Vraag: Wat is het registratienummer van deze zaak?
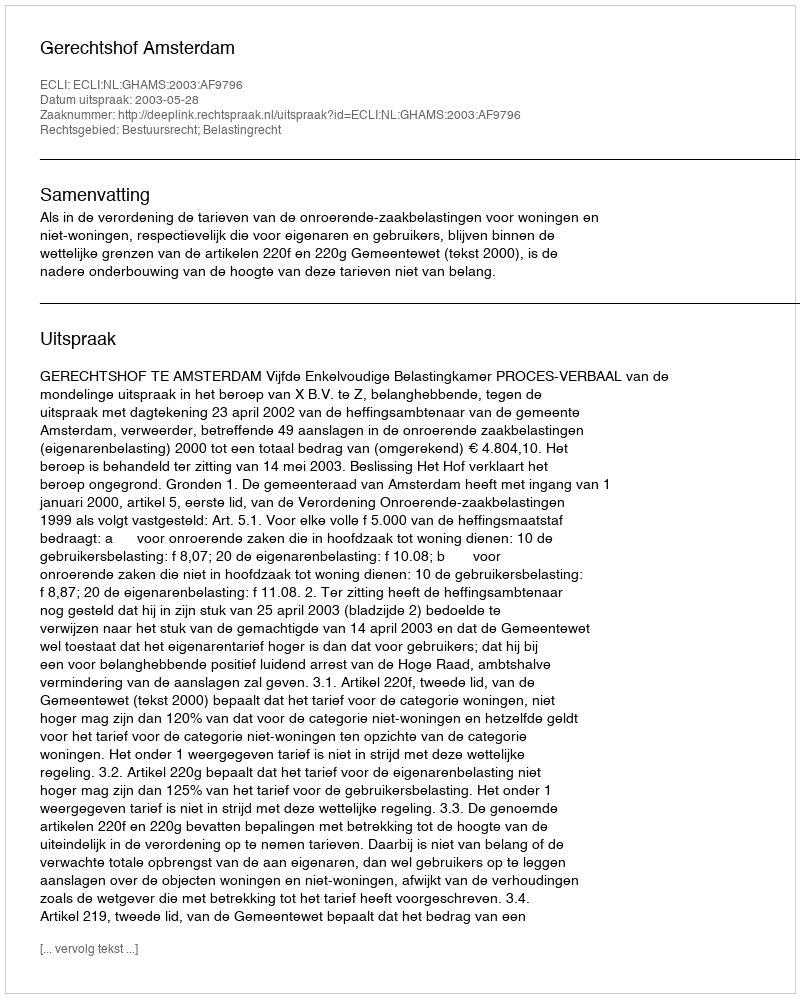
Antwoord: http://deeplink.rechtspraak.nl/uitspraak?id=ECLI:NL:GHAMS:2003:AF9796